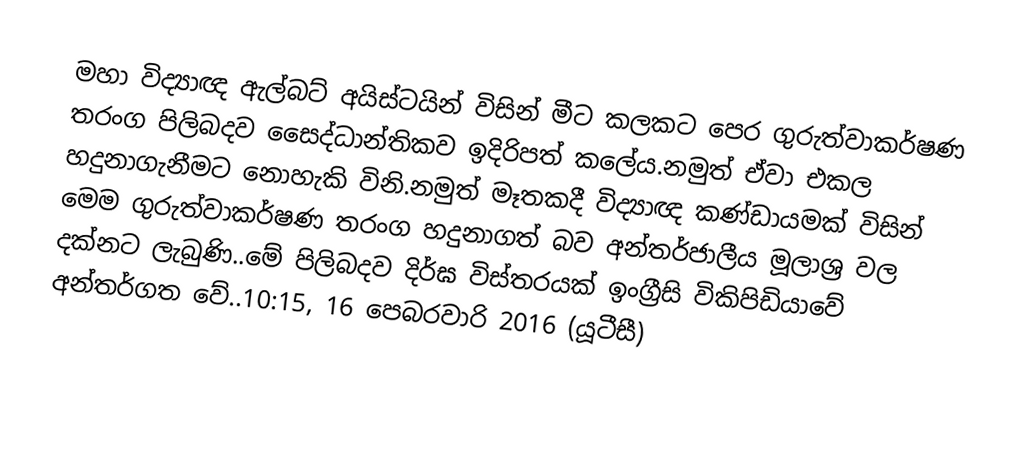
මහා විද්‍යාඥ ඇල්බට් අයිස්ටයින් විසින් මීට ‍කලකට පෙර ගුරුත්වාකර්ෂණ තරංග පිලිබදව සෛද්ධ‍ාන්තිකව ඉදිරිපත් කලේය.නමුත් ඒවා එකල හදුනාගැනීමට නොහැකි විනි.නමුත් මෑතකදී විද්‍යාඥ කණ්ඩායමක් විසින් මෙම ගුරුත්වාකර්ෂණ තරංග හදුනාගත් බව අන්තර්ජාලීය මූලාශ්‍ර වල දක්නට ලැබුණි..මේ පිලිබදව දිර්ඝ විස්තරයක් ඉංග්‍රීසි විකිපිඩියාවේ අන්තර්ගත වේ..10:15, 16 පෙබරවාරි 2016 (යූටීසී)